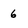
Character: 6